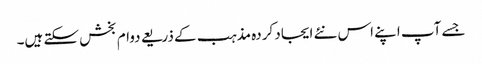
جسے آپ اپنے اس نئے ایجاد کردہ مذہب کے ذریعے دوام بخش سکتے ہیں۔